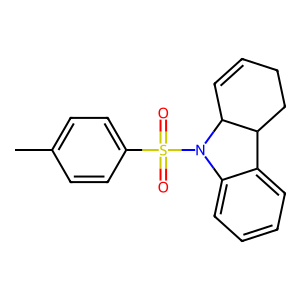
SMILES: Cc1ccc(S(=O)(=O)N2c3ccccc3C3CCC=CC32)cc1
Inhibits HIV replication: No